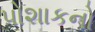
પોશાકનો